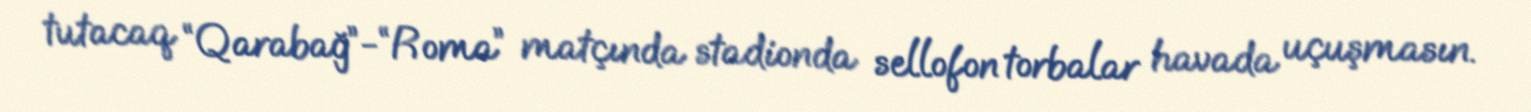
tutacaq “Qarabağ”-“Roma” matçında stadionda sellofon torbalar havada uçuşmasın.